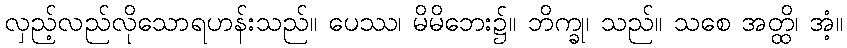
လှည့်လည်လိုသောရဟန်းသည်။ ပေဿ၊ မိမိဘေး၌။ ဘိက္ခု၊ သည်။ သစေ အတ္ထိ၊ အံ့။